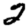
Digit: 2